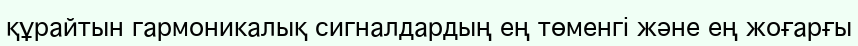
құрайтын гармоникалық сигналдардың ең төменгі және ең жоғарғы